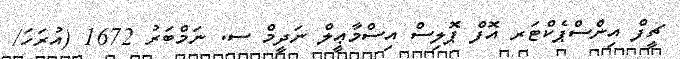
ޗީފް އިންސްޕެކްޓަރ އޮފް ޕޮލިސް އިސްމާޢީލް ނަދީމް ސ. ނަމްބަރު 1672 (އުރަހަ/